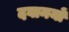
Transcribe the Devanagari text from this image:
दवानयों